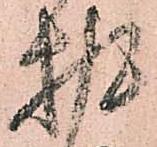
披